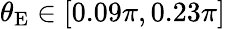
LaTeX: \theta_{\mathrm{E}}\in\left[0.09\pi,0.23\pi\right]